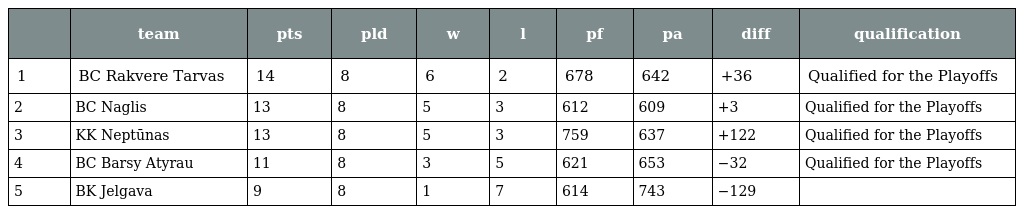
|  | team | pts | pld | w | l | pf | pa | diff | qualification |
 | --- | --- | --- | --- | --- | --- | --- | --- | --- | --- |
 | 1 | BC Rakvere Tarvas | 14 | 8 | 6 | 2 | 678 | 642 | +36 | Qualified for the Playoffs |
 | 2 | BC Naglis | 13 | 8 | 5 | 3 | 612 | 609 | +3 | Qualified for the Playoffs |
 | 3 | KK Neptūnas | 13 | 8 | 5 | 3 | 759 | 637 | +122 | Qualified for the Playoffs |
 | 4 | BC Barsy Atyrau | 11 | 8 | 3 | 5 | 621 | 653 | −32 | Qualified for the Playoffs |
 | 5 | BK Jelgava | 9 | 8 | 1 | 7 | 614 | 743 | −129 |  |